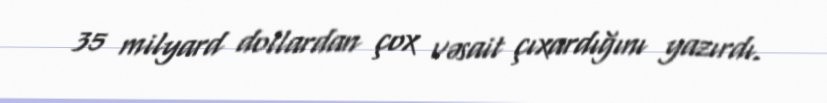
35 milyard dollardan çox vəsait çıxardığını yazırdı.